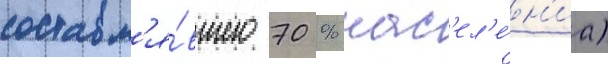
составл'я́вшего 70 % нас'ел'е́н'иа)